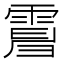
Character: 𩃿